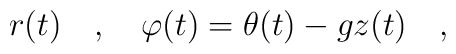
r(t)\ \ \ ,\ \ \ \varphi(t)=\theta(t)-g z(t)\ \ \ ,